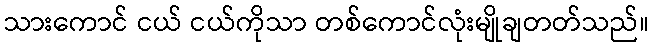
သားကောင် ငယ် ငယ်ကိုသာ တစ်ကောင်လုံးမျိုချတတ်သည်။